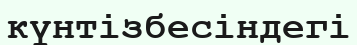
күнтізбесіндегі